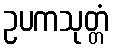
ဥပကသုတ္တံ